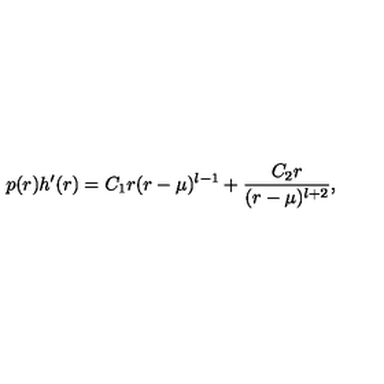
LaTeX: p ( r ) h ^ { \prime } ( r ) = C _ { 1 } r ( r - \mu ) ^ { l - 1 } + { \frac { C _ { 2 } r } { ( r - \mu ) ^ { l + 2 } } } ,